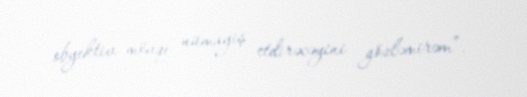
obyektiv mövqe nümayiş etdirəcəyini gözləmirəm”.